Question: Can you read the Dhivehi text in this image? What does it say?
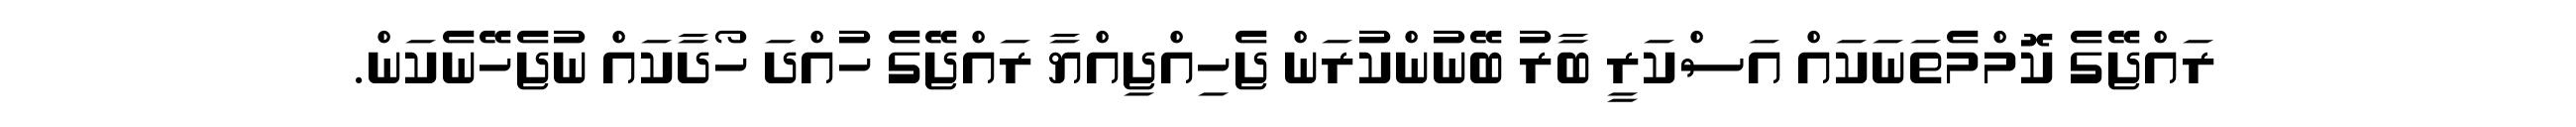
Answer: ރައްޖޭގެ ކޮމްމެތަނަކައް އަސްކަރީ ބާރު ބޭނުންކުރަން ޖެހިއްޖިއްޔާ ރައްޖޭގެ ހުއްދަ ހޯދާކައް ނުޖެހޭނެކަން.